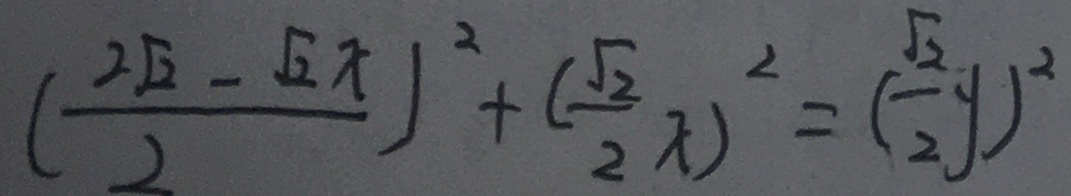
( \frac { 2 \sqrt { 2 } - \sqrt { 2 } } { 2 } ) ^ { 2 } + ( \frac { \sqrt { 2 } } { 2 } x ) ^ { 2 } = ( \frac { \sqrt { 2 } } { 2 } y ) ^ { 2 }